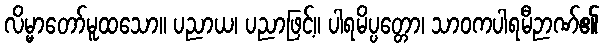
လိမ္မာတော်မူထသော။ ပညာယ၊ ပညာဖြင့်။ ပါရမိပ္ပတ္တော၊ သာဝကပါရမီဉာဏ်၏